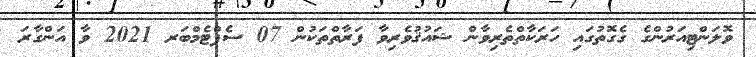
ވޮލަންޓިއަރުންގެ ގެގޮތުގައި ހަރަކާތްތެރިވާން ޝައުޤުވެރިވާ ފަރާތްތަކުން 07 ސެޕްޓެމްބަރ 2021 ވާ އަންގާރަ